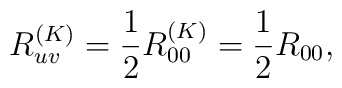
R^{(K)}_{uv}=\frac{1}{2}R^{(K)}_{00}=\frac{1}{2}R_{00},